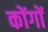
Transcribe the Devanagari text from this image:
कोंगों